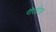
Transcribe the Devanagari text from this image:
गैतोस